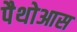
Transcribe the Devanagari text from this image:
पैथोआस